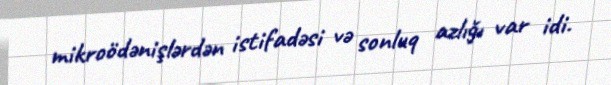
mikroödənişlərdən istifadəsi və sonluq azlığı var idi.